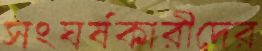
সংঘর্ষকারীদের